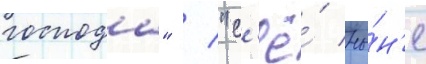
господа" / "с'ё́ ны́н'е